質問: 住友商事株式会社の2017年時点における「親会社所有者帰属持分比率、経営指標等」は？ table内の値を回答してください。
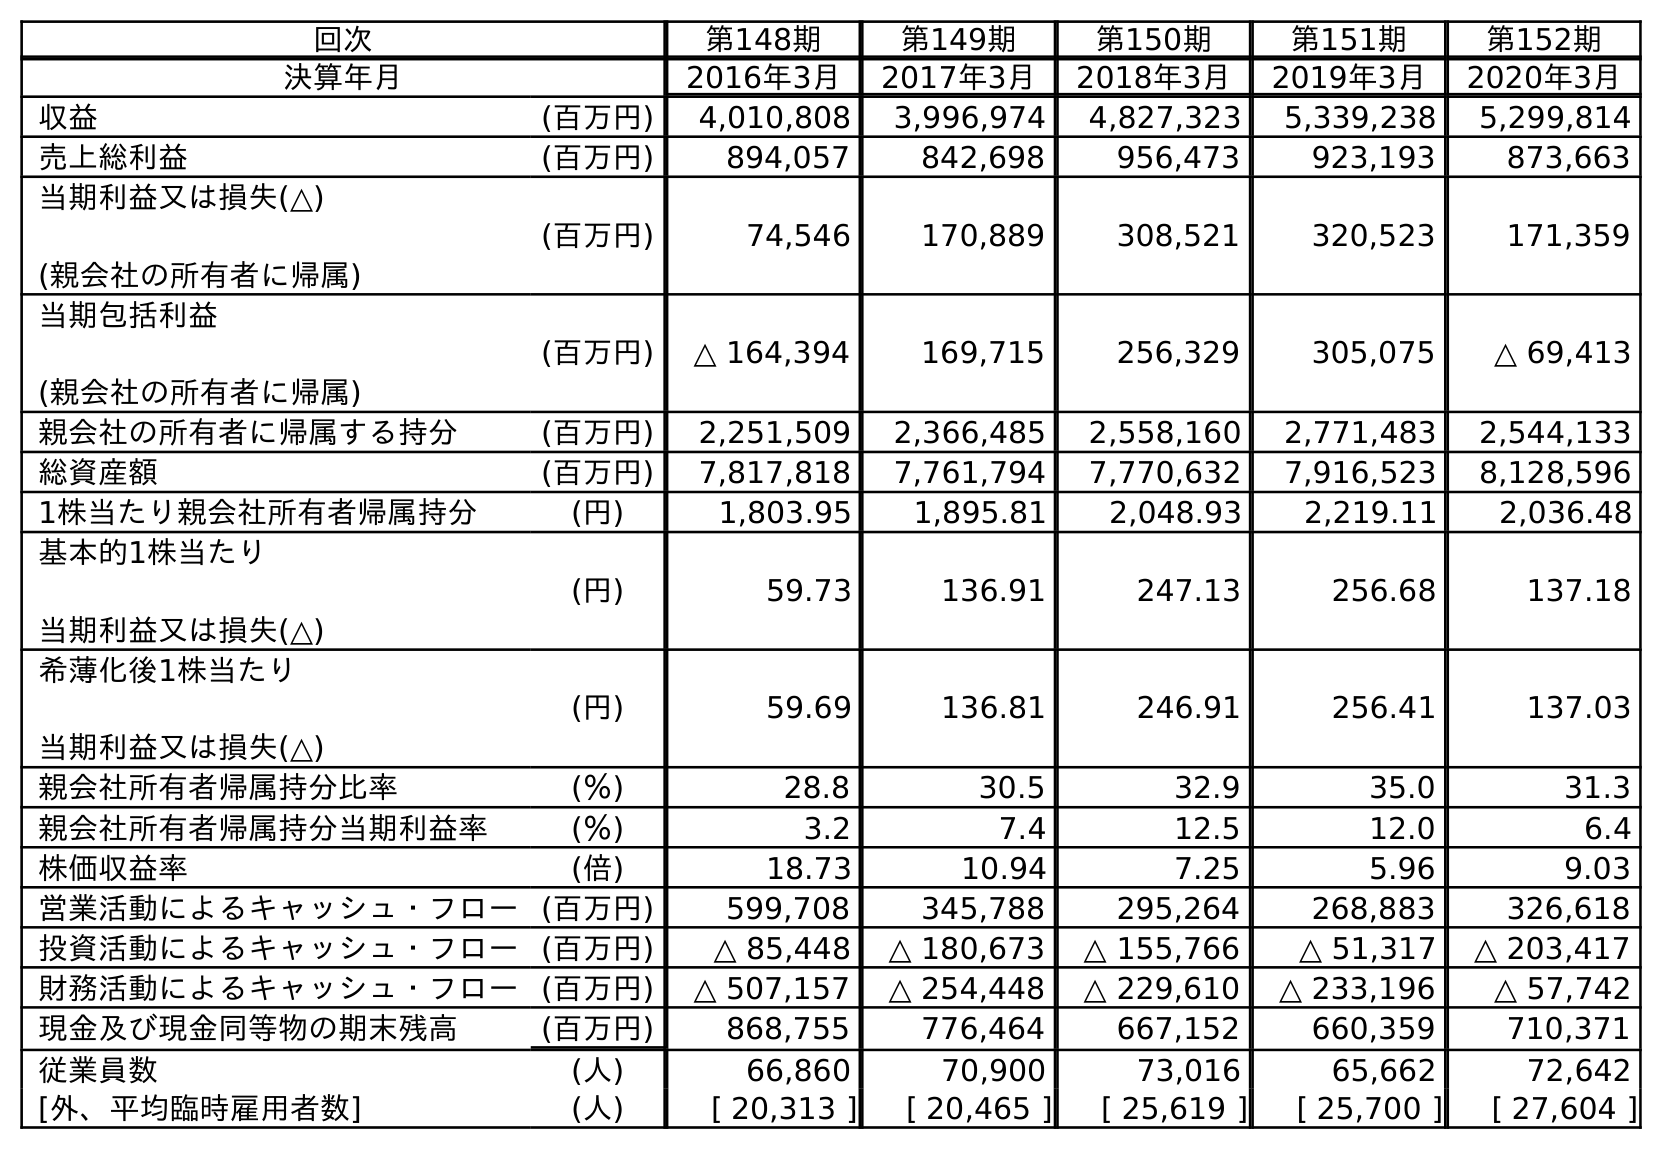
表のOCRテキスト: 回次 第148期 第149期 第150期 第151期 第152期 決算年月 2016年3月 2017年3月 2018年3月 2019年3月 2020年3月 収益 (百万円) 4,010,808 3,996,974 4,827,323 5,339,238 5,299,814 売上総利益 (百万円) 894,057 842,698 956,473 923,193 873,663 当期利益又は損失(△) (親会社の所有者に帰属) (百万円) 74,546 170,889 308,521 320,523 171,359 当期包括利益 (親会社の所有者に帰属) (百万円) △ 164,394 169,715 256,329 305,075 △ 69,413 親会社の所有者に帰属する持分 (百万円) 2,251,509 2,366,485 2,558,160 2,771,483 2,544,133 総資産額 (百万円) 7,817,818 7,761,794 7,770,632 7,916,523 8,128,596 1株当たり親会社所有者帰属持分 (円) 1,803.95 1,895.81 2,048.93 2,219.11 2,036.48 基本的1株当たり 当期利益又は損失(△) (円) 59.73 136.91 247.13 256.68 137.18 希薄化後1株当たり 当期利益又は損失(△) (円) 59.69 136.81 246.91 256.41 137.03 親会社所有者帰属持分比率 (％) 28.8 30.5 32.9 35.0 31.3 親会社所有者帰属持分当期利益率 (％) 3.2 7.4 12.5 12.0 6.4 株価収益率 (倍) 18.73 10.94 7.25 5.96 9.03 営業活動によるキャッシュ・フロー(百万円) 599,708 345,788 295,264 268,883 326,618 投資活動によるキャッシュ・フロー(百万円) △ 85,448 △ 180,673 △ 155,766 △ 51,317 △ 203,417 財務活動によるキャッシュ・フロー(百万円) △ 507,157 △ 254,448 △ 229,610 △ 233,196 △ 57,742 現金及び現金同等物の期末残高 (百万円) 868,755 776,464 667,152 660,359 710,371 従業員数 (人) 66,860 70,900 73,016 65,662 72,642 [外、平均臨時雇用者数] (人) [ 20,313 ] [ 20,465 ] [ 25,619 ] [ 25,700 ] [ 27,604 ]
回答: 30.5